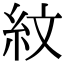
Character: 紋